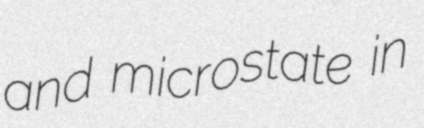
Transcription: and microstate in